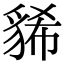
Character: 𧳐